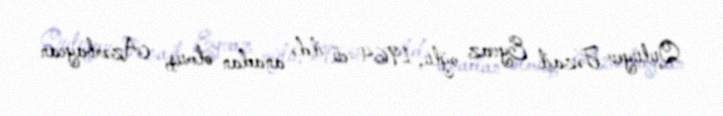
Quluyev Fəzail Eyvaz oğlu, 1964-cü ildə anadan olmuş, Azərbaycan